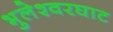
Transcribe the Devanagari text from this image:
भुलेश्वरघाट